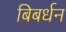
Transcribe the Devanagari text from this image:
बिबर्धन